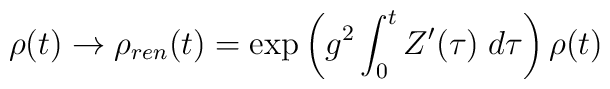
\rho(t) \rightarrow \rho_{ren}(t) = \exp \left( g^2 \int^t_0 Z'(\tau) \; d\tau \right) \rho(t)